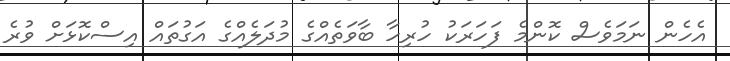
އެހެން ނަމަވެސް ކޮންމެ ފަހަރަކު ހުރިހާ ބާވަތެއްގެ މުދަލެއްގެ އަގުތައް އިސްކޮޅަށް ވުރެ